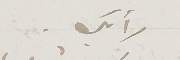
رأيك.